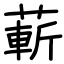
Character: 蔪